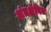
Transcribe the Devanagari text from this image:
अंतक्षेपित